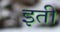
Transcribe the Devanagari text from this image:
इती